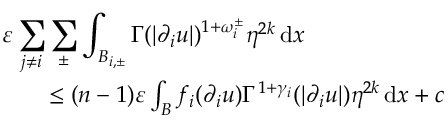
\begin{array} { r l r } { \lefteqn { \varepsilon \sum _ { j \not = i } \sum _ { \pm } \int _ { B _ { i , \pm } } \Gamma ( | \partial _ { i } u | ) ^ { 1 + \omega _ { i } ^ { \pm } } \eta ^ { 2 k } \, \mathrm { d } x } } \\ & { } & { \leq ( n - 1 ) \varepsilon \int _ { B } f _ { i } ( \partial _ { i } u ) \Gamma ^ { 1 + \gamma _ { i } } ( | \partial _ { i } u | ) \eta ^ { 2 k } \, \mathrm { d } x + c } \end{array}